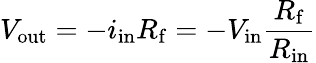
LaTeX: V_{\mathrm{out}}=-i_{\mathrm{in}}R_{\mathrm{f}}=-V_{\mathrm{in}}{\frac{R_{\mathrm{f}}}{R_{\mathrm{in}}}}